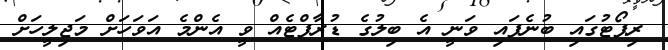
ރިޕޯޓުގައި ބުނެފައި ވަނީ އެ ބިލުގެ ޑުރާފްޓެއް ވީ އެންމެ އަވަހަށް މަޖިލީހަށް